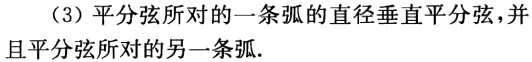
（3）平分弦所对的一条弧的直径垂直平分弦，并且平分弦所对的另一条弧.